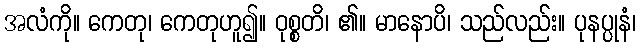
အလံကို။ ကေတု၊ ကေတုဟူ၍။ ဝုစ္စတိ၊ ၏။ မာနောပိ၊ သည်လည်း။ ပုနပ္ပုနံ၊